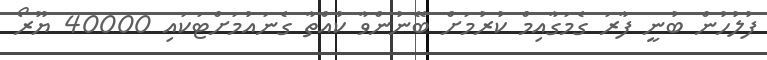
ފުލުހުން ބުނީ ފާރަ ގެމަގާއިމް ކުރުމަށް ބޭނުންވާ ކުއްތާ ގެނައުމަށްޓަކައި 40000 ޔޫރޯ